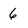
Character: 6